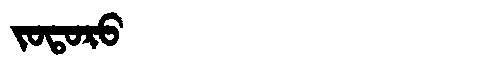
Manchu: ᠵᠣᡨᠣᡵᠣ
Romanization: JOTORO